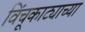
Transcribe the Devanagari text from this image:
विंचूकाट्याच्या